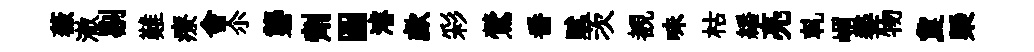
薇澈剔難療會尒礱劑圖濬歔彩鶯番赋茨覩味枯繙亮軋嵋鏊物夐槩